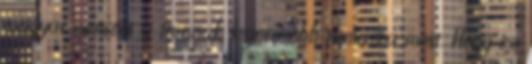
magyar nemzet a trónnak legerősebb támasza most. Hogy ez